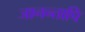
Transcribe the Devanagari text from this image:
जानन्तापि